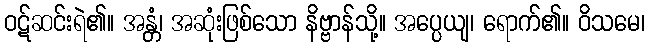
ဝဋ်ဆင်းရဲ၏။ အန္တံ၊ အဆုံးဖြစ်သော နိဗ္ဗာန်သို့။ အပ္ပေယျ၊ ရောက်၏။ ဝိသမေ၊